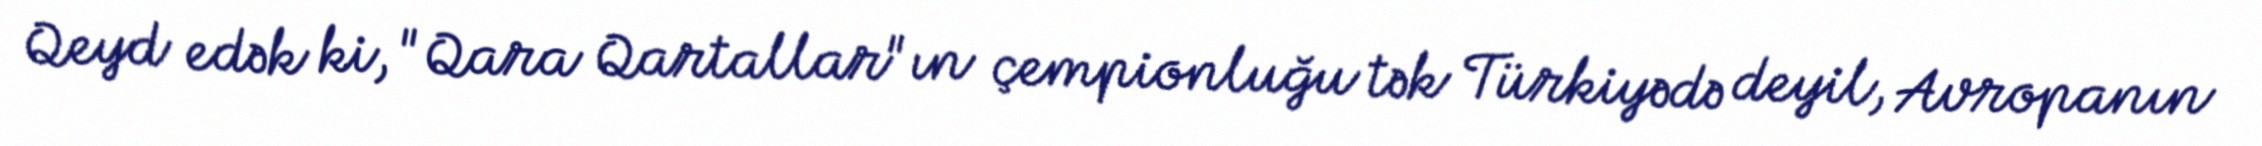
Qeyd edək ki, "Qara Qartallar"ın çempionluğu tək Türkiyədə deyil, Avropanın